65_HS1-834228961_62-HQ-83894_Section_2
Agency: FBI
Page 85
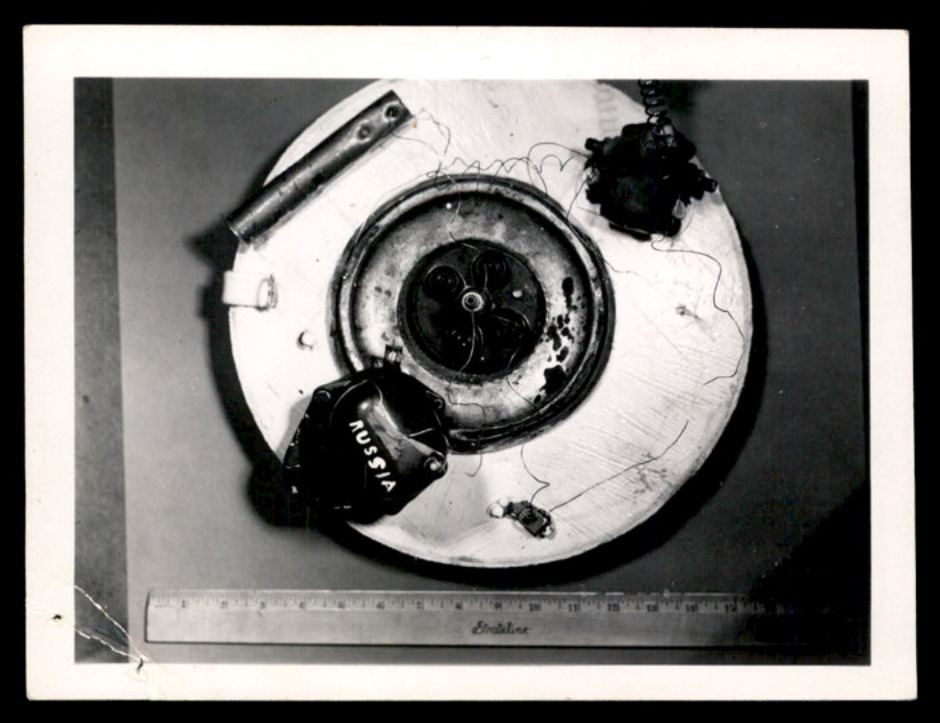